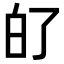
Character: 𤽀